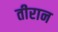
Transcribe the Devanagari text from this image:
तीरान